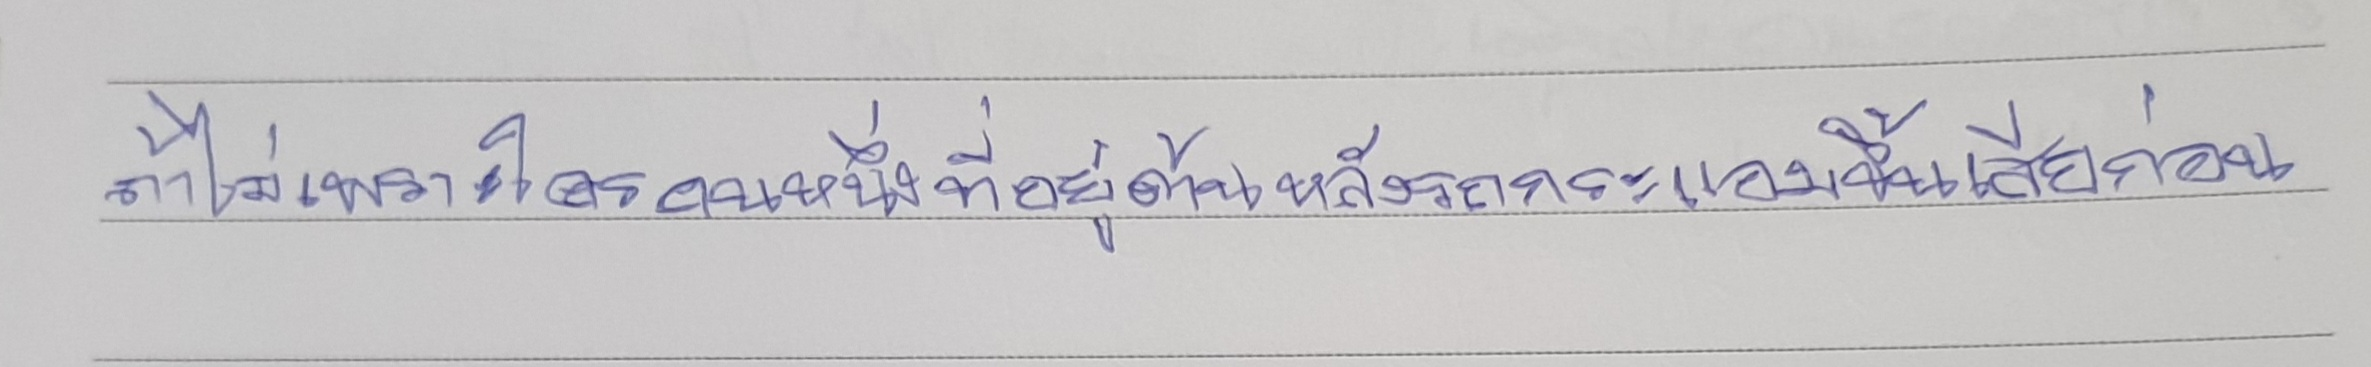
ถ้าไม่เพราะใครคนหนึ่งที่อยู่ด้านหลังรถกระแอมขึ้นเสียก่อน